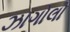
ઝાગોલો